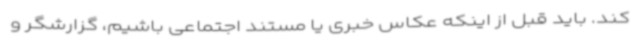
کند. باید قبل از اینکه عکاس خبری یا مستند اجتماعی باشیم، گزارشگر و